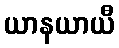
ယာနယာယီ